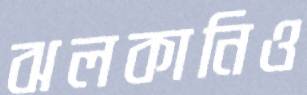
ঝলকানিও